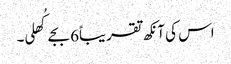
اس کی آنکھ تقریباً6 بجے کُھلی۔